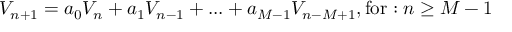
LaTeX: V _ { n + 1 } = a _ { 0 } V _ { n } + a _ { 1 } V _ { n - 1 } + . . . + a _ { M - 1 } V _ { n - M + 1 } , \mathrm { f o r } : n \geq M - 1